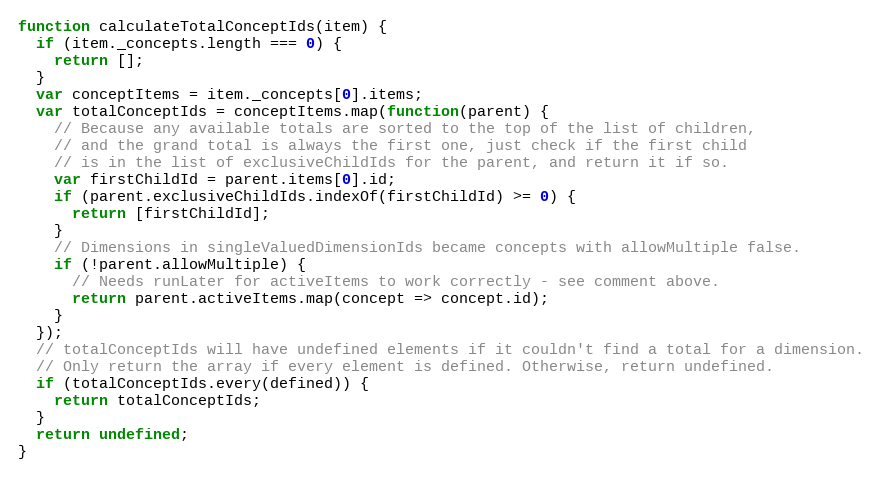
Language: JavaScript
function calculateTotalConceptIds(item) {
  if (item._concepts.length === 0) {
    return [];
  }
  var conceptItems = item._concepts[0].items;
  var totalConceptIds = conceptItems.map(function(parent) {
    // Because any available totals are sorted to the top of the list of children,
    // and the grand total is always the first one, just check if the first child
    // is in the list of exclusiveChildIds for the parent, and return it if so.
    var firstChildId = parent.items[0].id;
    if (parent.exclusiveChildIds.indexOf(firstChildId) >= 0) {
      return [firstChildId];
    }
    // Dimensions in singleValuedDimensionIds became concepts with allowMultiple false.
    if (!parent.allowMultiple) {
      // Needs runLater for activeItems to work correctly - see comment above.
      return parent.activeItems.map(concept => concept.id);
    }
  });
  // totalConceptIds will have undefined elements if it couldn't find a total for a dimension.
  // Only return the array if every element is defined. Otherwise, return undefined.
  if (totalConceptIds.every(defined)) {
    return totalConceptIds;
  }
  return undefined;
}